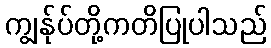
ကျွန်ုပ်တို့ကတိပြုပါသည်